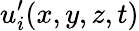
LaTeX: u_{i}^{\prime}(x,y,z,t)